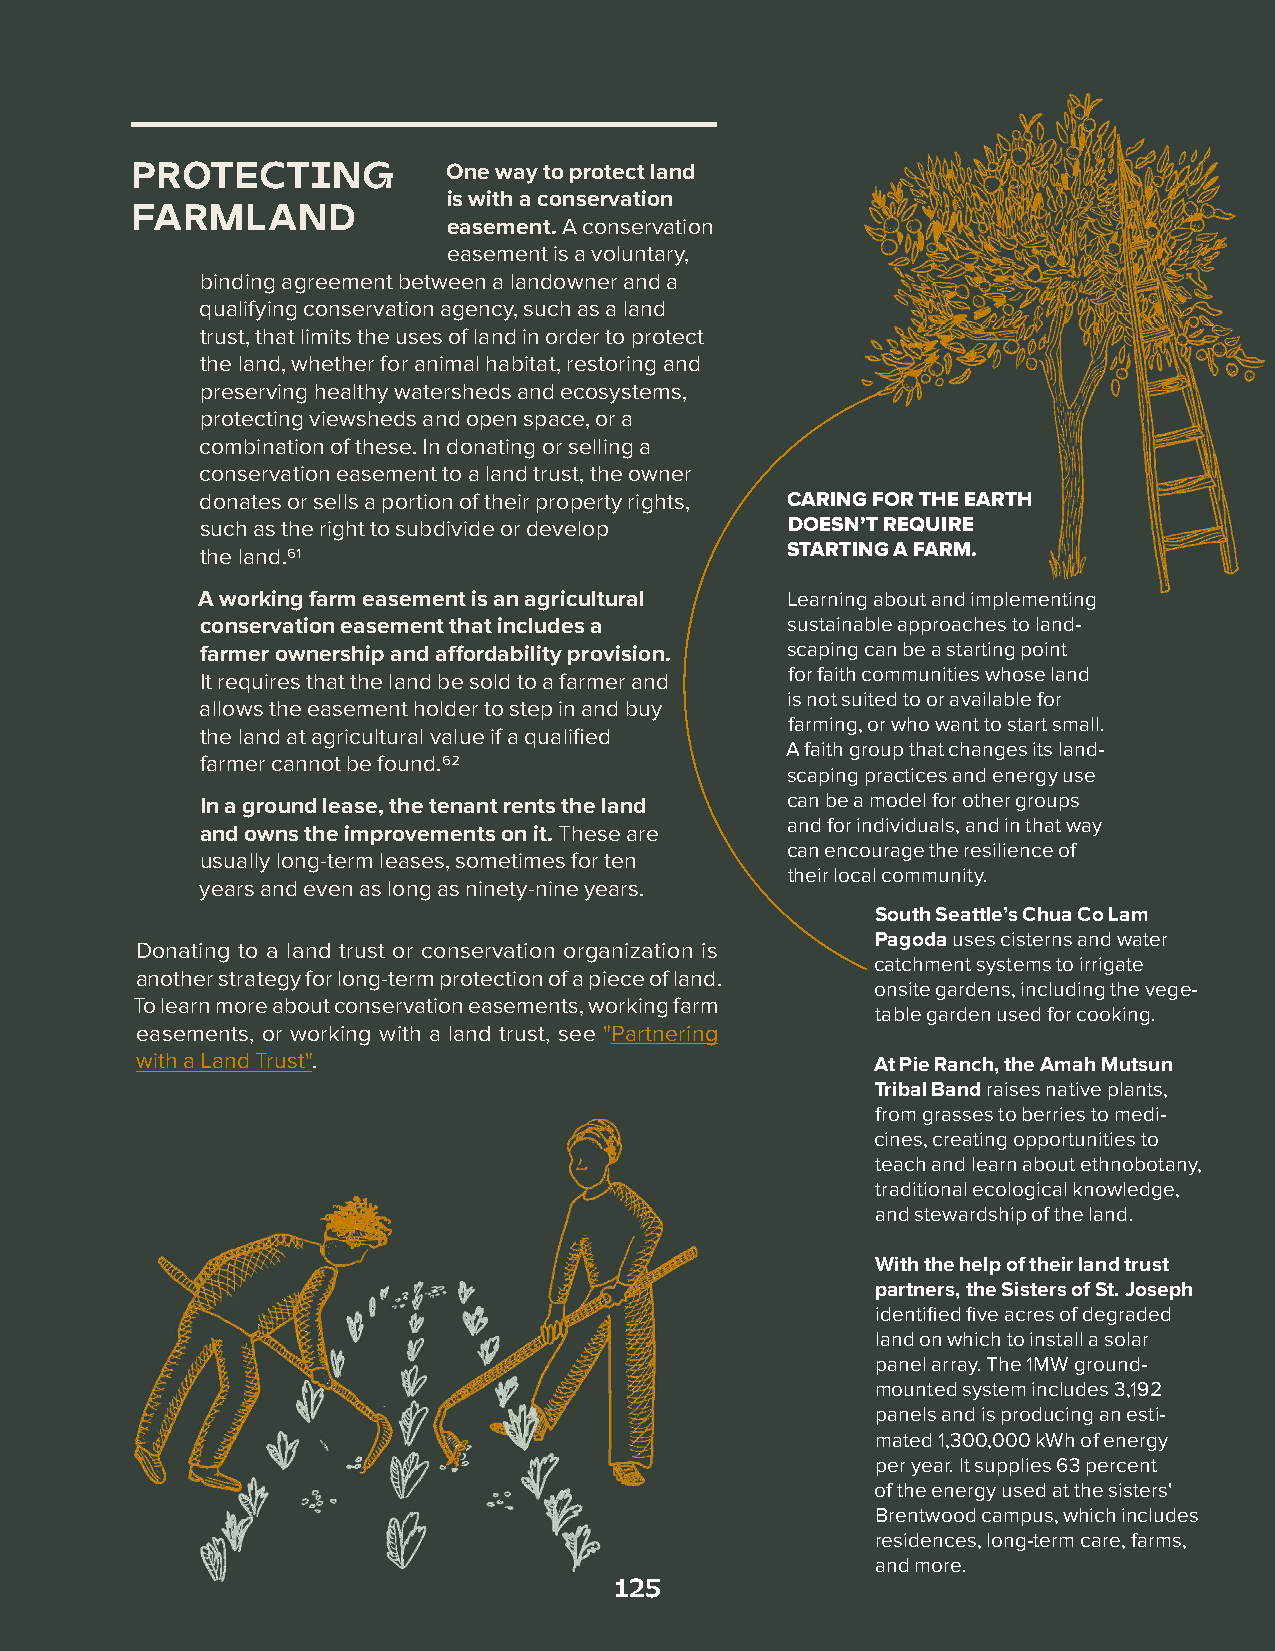
PROTECTING           One way to protect land
 is with a conservation
 FARMLAND
 easement. A conservation
 easement is a voluntary,
 binding agreement between a landowner and a
 qualifying conservation agency, such as a land
 trust, that limits the uses of land in order to protect
 the land, whether for animal habitat, restoring and
 preserving healthy watersheds and ecosystems,
 protecting viewsheds and open space, or a
 combination of these. In donating or selling a
 conservation easement to a land trust, the owner
 donates or sells a portion of their property rights, CARING FOR THE EARTH
 such as the right to subdivide or develop DOESN’T REQUIRE
 the land.61                            STARTING A FARM.
 A working farm easement is an agricultural Learning about and implementing
 conservation easement that includes a  sustainable approaches to land-
 farmer ownership and affordability provision. scaping can be a starting point
 It requires that the land be sold to a farmer and for faith communities whose land
 is not suited to or available for
 allows the easement holder to step in and buy
 farming, or who want to start small.
 the land at agricultural value if a qualified
 A faith group that changes its land-
 farmer cannot be found.62
 scaping practices and energy use
 In a ground lease, the tenant rents the land can be a model for other groups
 and for individuals, and in that way
 and owns the improvements on it. These are
 can encourage the resilience of
 usually long-term leases, sometimes for ten
 their local community.
 years and even as long as ninety-nine years.
 South Seattle’s Chua Co Lam
 Pagoda uses cisterns and water
 Donating to a land trust or conservation organization is
 catchment systems to irrigate
 another strategy for long-term protection of a piece of land.
 onsite gardens, including the vege-
 To learn more about conservation easements, working farm
 table garden used for cooking.
 easements, or working with a land trust, see "Partnering
 with a Land Trust".                              At Pie Ranch, the Amah Mutsun
 Tribal Band raises native plants,
 from grasses to berries to medi-
 cines, creating opportunities to
 teach and learn about ethnobotany,
 traditional ecological knowledge,
 and stewardship of the land.
 With the help of their land trust
 partners, the Sisters of St. Joseph
 identified five acres of degraded
 land on which to install a solar
 panel array. The 1MW ground-
 mounted system includes 3,192
 panels and is producing an esti-
 mated 1,300,000 kWh of energy
 per year. It supplies 63 percent
 of the energy used at the sisters'
 Brentwood campus, which includes
 residences, long-term care, farms,
 and more.
 125